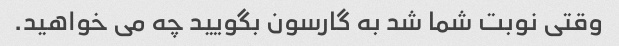
وقتی نوبت شما شد به گارسون بگویید چه می خواهید.